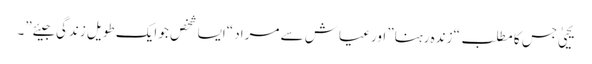
یحییٰ جس کا مطلب “زندہ رہنا” اور عیاش سے مراد “ایسا شخص جو ایک طویل زندگی جیئے”۔